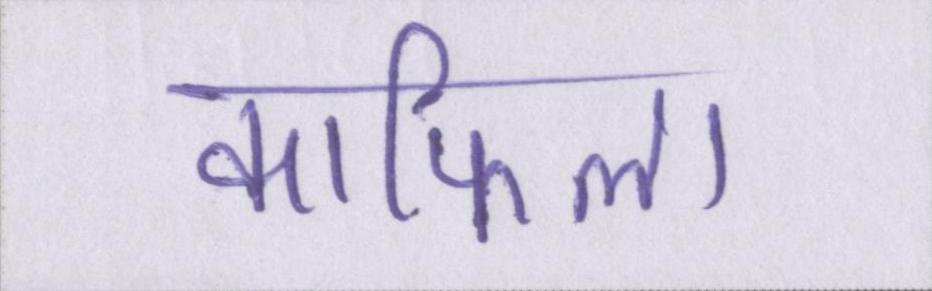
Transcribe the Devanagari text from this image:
काफिला